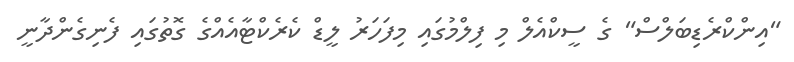
"އިންކްރެޑިބަލްސް" ގެ ސީކްއެލް މި ފިލްމުގައި މިފަހަރު ލީޑް ކެރެކްޓާއެއްގެ ގޮތުގައި ފެނިގެންދާނީ